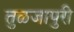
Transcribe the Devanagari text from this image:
तुळजापुरी